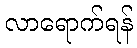
လာရောက်ရန်